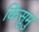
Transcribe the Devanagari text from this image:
किसुमु